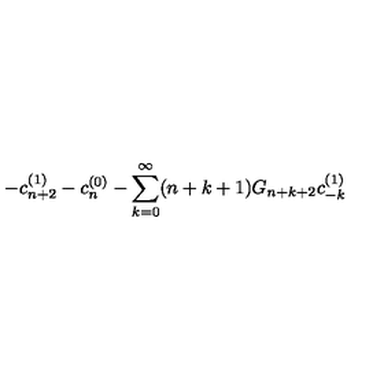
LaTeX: - c _ { n + 2 } ^ { ( 1 ) } - c _ { n } ^ { ( 0 ) } - \sum _ { k = 0 } ^ { \infty } ( n + k + 1 ) G _ { n + k + 2 } c _ { - k } ^ { ( 1 ) }